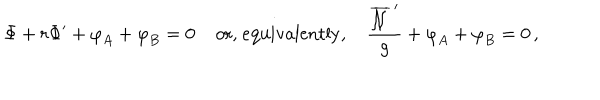
{ \Phi } + r { \Phi } ^ { \prime } + { \varphi } _ { A } + { \varphi } _ { B } = 0 \; \mathrm { o r , ~ e q u i v a l e n t l y , } \; \frac { \overline { { { \cal { N } } } } ^ { \, \prime } } { g } + { \varphi } _ { A } + { \varphi } _ { B } = 0 \, ,